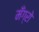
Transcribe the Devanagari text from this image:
मँग्रो